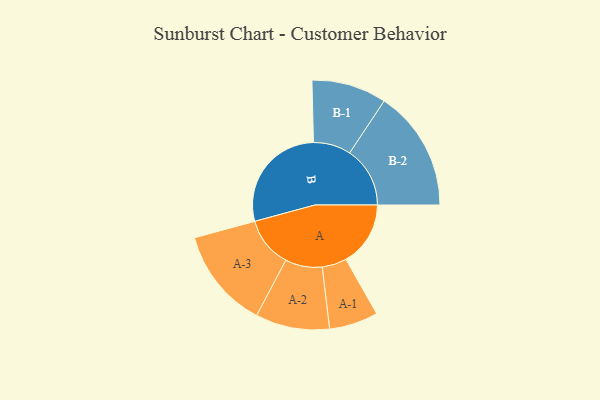
{"axis": {"x": "Segment", "y": "Value"}, "legend": ["", "A", "B"], "data": [{"x": "A", "y": 288, "type": ""}, {"x": "B", "y": 495, "type": ""}, {"x": "A-1", "y": 109, "type": "A"}, {"x": "A-2", "y": 165, "type": "A"}, {"x": "A-3", "y": 224, "type": "A"}, {"x": "B-1", "y": 167, "type": "B"}, {"x": "B-2", "y": 269, "type": "B"}]}